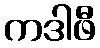
ကဒါဖီ